Report on vaccination in Madras 1922-1929 - 1922-1929
Year: 1922
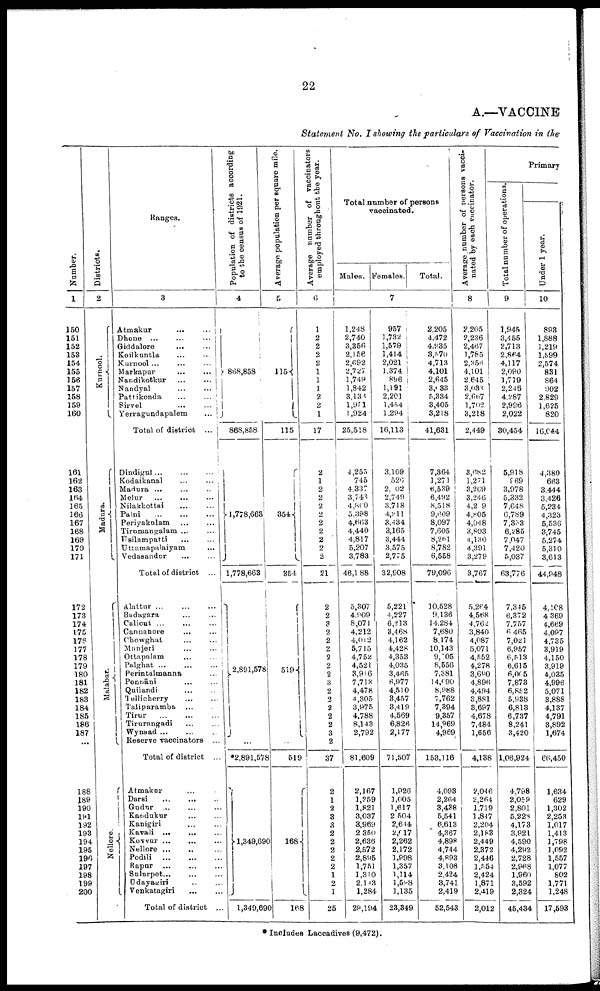
22
A.—VACCINE
Statement No. I showing the particulars of Vaccination in the
Number.
1
150
151
152
153
154
155
156
157
158
159
160
161
162
163
164
165
166
167
168
169
170
171
172
173
174
175
176
177
178
179
180
181
182
183
184
185
186
187
...
188
189
190
191
192
193
194
195
190
197
198
199
200
Districts.
2
Kurnool.
Madura.
Malabar.
Nellore.
Ranges.
3
Atmakur
...
...
Dhone ...
...
...
Giddalore
...
...
Koilkuntla
...
...
Kurnool ...
...
...
Markapur
...
...
Nandikotkur
...
...
Nandyal
...
...
Pattikonda
...
...
Sirvel
...
...
Yerragundapalem
...
Total of district
...
Dindigul... ... ...
Kodaikanal
...
...
Madura ... ...
Melur
...
...
...
Nilakkottai
...
...
Palni
...
...
...
Periyakulam ... ...
Tirumangalam
...
...
Usilampatti ... ...
Uttamapalaiyam ...
Vedasandur ...
Total of district ...
Alattur ... ... ...
Badagara ... ...
Calicut ... ... ...
Cannanore
...
...
Chowghat
...
...
Manjeri
...
...
Ottapalam
...
...
Palghat ...
...
...
Perintalmanna ...
Ponnāni ... ...
Quilandi ... ...
Tellicherry
...
...
Taliparamba
... ...
Tirur
...
...
...
Tirurangadi
...
...
Wynaad ... ... ...
Reserve vaccinators ...
Total of district ...
Atmakur ... ...
Darsi
...
...
...
Gudur ... ... ...
Kandukur
...
...
Kanigiri ... ...
Kavali ...
... ...
Kovvur ...
... ...
Nellore ... ... ...
Podili
...
...
...
Rapur ... ... ...
Sulurpet ... ... ...
Udayagiri ... ... ...
Venkatagiri
...
...
Total of district ...
Population of districts according
to the census of 1921.
4
868,858
868,858
1,778,663
1,778,663
2,891,578
...
*2,891,578
1,349,690
1,349,690
Average population per square mile.
5
115
115
354
354
519
...
519
168
168
Average number of vaccinators
employed throughout the year.
6
1
2
2
2
2
1
1
1
2
2
1
17
2
1
2
2
2
2
2
2
2
2
2
21
2
2
3
2
2
2
2
2
2
3
2
2
2
2
2
3
2
37
2
1
2
3
3
2
2
2
2
2
1
2
1
25
Total number of persons
vaccinated.
Males. Females.
Total.
7
1,248
2,740
3,356
2,156
2,692
2,727
1,749
1,842
3,138
1,951
1,924
25,518
4,255
745
4,337
8,743
4,860
5,398
4,663
4,440
4,817
5,207
3,783
46,188
5,307
4,909
8,071
4,212
4,012
5,715
4,752
4,521
3,916
7,713
4,478
4,305
3,975
4,788
8,143
2,792
81,609
2,167
1,259
1,821
3,037
3,969
2,350
2,636
2,572
2,895
1,751
1,310
2,143
1,284
29,194
957
1,782
1,579
1,414
2,021
1,374
896
1,191
2,201
1,454
1,294
16,113
3,109
526
2,002
2,749
3,718
4,211
3,434
3,165
3,444
3,575
2,775
32,908
5,221
4,227
6,213
3,468
4,162
4,428
4,353
4,035
3,465
6,977
4,510
3,457
3,419
4,569
6,826
2,177
71,507
1,926
1,005
1,617
2,504
2,644
2,017
2,262
2,172
1,998
1,357
1,114
1,598
1,135
23,349
2,205
4,472
4,935
3,570
4,713
4,101
2,645
3,033
5,334
3,405
3,218
41,631
7,364
1,271
6,539
6,492
8,518
9,609
8,097
7,605
8,261
8,782
6,558
79,096
10,528
9,136
14,284
7,680
8,174
10,143
9,105
8,556
7,381
14,090
8,988
7,762
7,394
9,357
14,969
4,969
153,116
4,093
2,264
3,438
5,541
6,613
4,367
4,898
4,744
4,893
3,108
2,424
3,741
2,419
52,543
Average number of persons vacci¬
nated by each vaccinator.
8
2,205
2,236
2,467
1,785
2,356
4,101
2,645
3,033
2,667
1,702
3,218
2,449
3,682
1,271
3,269
3,246
4,209
4,805
4,048
3,803
4,130
4,391
3,279
3,767
5,264
4,568
4,762
3,840
4,087
5,071
4,552
4,278
3,690
4,896
4,494
3,881
3,697
4,678
7,484
1,656
4,138
2,046
2,264
1,719
1,847
2,204
2,188
2,449
2,372
2,446
1,554
2,424
1,871
2,419
2,012
Primary
Total number of operations.
9
1,945
3,455
2,713
2,864
4,117
2,090
1,719
2,246
4,287
2,996
2,022
30,454
5,918
969
3,978
5,332
7,648
6,789
7,353
6,285
7,047
7,420
5,037
63,776
7,345
6,372
7,757
6,465
7,021
6,957
6,513
6,615
6,005
7,873
6,852
5,938
6,813
6,737
8,241
3,420
1,06,924
4,798
2,059
2,801
5,228
4,173
3,921
4,590
4,292
2,728
2,968
1,960
3,592
2,324
45,434
Under 1 year.
10
893
1,888
1,219
1,599
2,574
831
864
902
2,829
1,625
820
16,044
4,380
663
3,444
3,426
5,234
4,323
5,536
3,745
5,274
5,310
3,613
44,948
4,108
4,369
4,669
4,097
4,735
3,919
4,150
3,919
4,035
4,996
5,071
3,888
4,137
4,791
3,892
1,674
66,450
1,634
629
1,302
2,253
1,017
1,413
1,798
1,092
1,557
1,077
802
1,771
1,248
17,593
*Includes Laccadives (9,472).